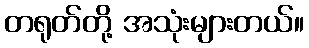
တရုတ်တို့ အသုံးများတယ်။